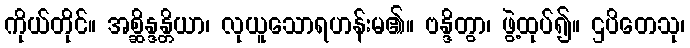
ကိုယ်တိုင်။ အစ္ဆိန္ဒန္တိယာ၊ လုယူသောရဟန်းမ၏။ ဗန္ဒိတွာ၊ ဖွဲ့ထုပ်၍။ ဌပိတေသု၊